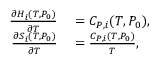
\begin{array} { r l } { \frac { \partial H _ { i } ( T , P _ { 0 } ) } { \partial T } } & { { } = C _ { P , i } ( T , P _ { 0 } ) , } \\ { \frac { \partial S _ { i } ( T , P _ { 0 } ) } { \partial T } } & { { } = \frac { C _ { P , i } ( T , P _ { 0 } ) } { T } , } \end{array}